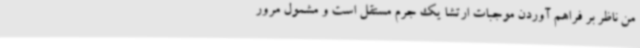
من ناظر بر فراهم آوردن موجبات ارتشا یک جرم مستقل است و مشمول مرور